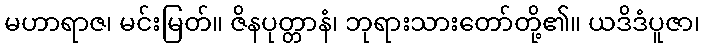
မဟာရာဇ၊ မင်းမြတ်။ ဇိနပုတ္တာနံ၊ ဘုရားသားတော်တို့၏။ ယဒိဒံပူဇာ၊